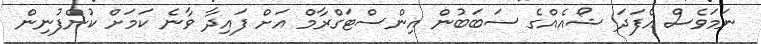
ނަމަވެސް އެފަދަ ޝޯއެއްގެ ސަބަބުން އިިންސްޓަގްރާމް އަށް ފައިދާ ވާނެ ކަމަށް ކުންފުނިން